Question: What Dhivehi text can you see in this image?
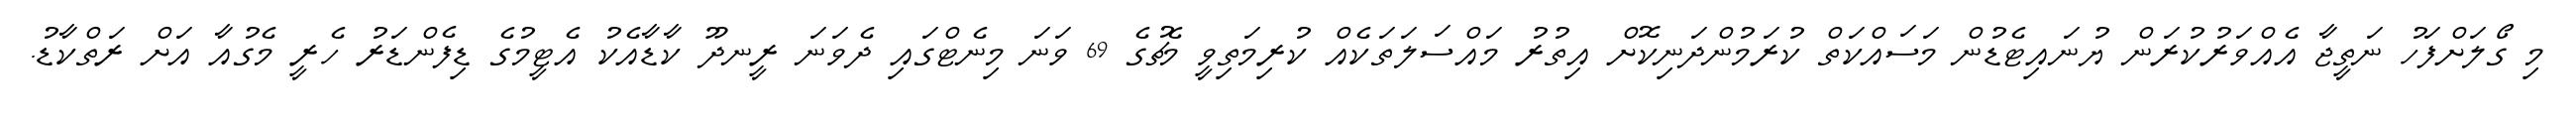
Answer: މި ގޯލަށްފަހު ނަތީޖާ އެއްވަރުކުރަން ޔުނައިޓެޑުން މަސައްކަތް ކުރަމުންދަނިކޮށް އިތުރު މައްސަލަތަކެއް ކުރިމަތިވީ މެޗުގެ 69 ވަނަ މިނެޓްގައި ދެވަނަ ރީނދޫ ކާޑާއެކު އެޓީމުގެ ޑިފެންޑަރު ހެރީ މެގުއާ އަށް ރަތްކާޑު.